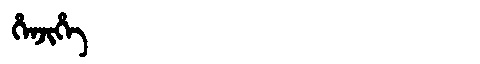
Manchu: ᡥᡝᠨᠵᡳᡥᡝ
Romanization: HENJIHE